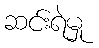
ဆင်းရဲမှု